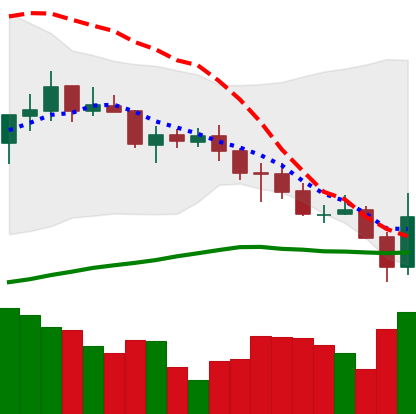
Ticker: ADA-USD
Chart end date: 2021-07-21
Forward return: 7.739%
Label: up_7plus